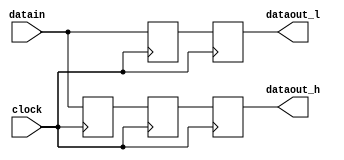
module  LVDS_AD_lvds_ddio_in
	(
	clock,
	datain,
	dataout_h,
	dataout_l) /* synthesis synthesis_clearbox=1 */;
	input   clock;
	input   [7:0]  datain;
	output   [7:0]  dataout_h;
	output   [7:0]  dataout_l;
	reg	[7:0]	dataout_h_reg;
	reg	[7:0]	dataout_l_latch;
	reg	[7:0]	dataout_l_reg;
	(* ALTERA_ATTRIBUTE = {"LVDS_RX_REGISTER=HIGH;PRESERVE_REGISTER=ON;PRESERVE_FANOUT_FREE_NODE=ON"} *)
	reg	[7:0]	ddio_h_reg;
	(* ALTERA_ATTRIBUTE = {"LVDS_RX_REGISTER=LOW;PRESERVE_REGISTER=ON;PRESERVE_FANOUT_FREE_NODE=ON"} *)
	reg	[7:0]	ddio_l_reg;
	// synopsys translate_off
	initial
		dataout_h_reg = 0;
	// synopsys translate_on
	always @ ( posedge clock)
		  dataout_h_reg <= ddio_h_reg;
	// synopsys translate_off
	initial
		dataout_l_latch = 0;
	// synopsys translate_on
	always @ ( negedge clock)
		  dataout_l_latch <= ddio_l_reg;
	// synopsys translate_off
	initial
		dataout_l_reg = 0;
	// synopsys translate_on
	always @ ( posedge clock)
		  dataout_l_reg <= dataout_l_latch;
	// synopsys translate_off
	initial
		ddio_h_reg = 0;
	// synopsys translate_on
	always @ ( posedge clock)
		  ddio_h_reg <= datain;
	// synopsys translate_off
	initial
		ddio_l_reg = 0;
	// synopsys translate_on
	always @ ( negedge clock)
		  ddio_l_reg <= datain;
	assign
		dataout_h = dataout_l_reg,
		dataout_l = dataout_h_reg;
endmodule